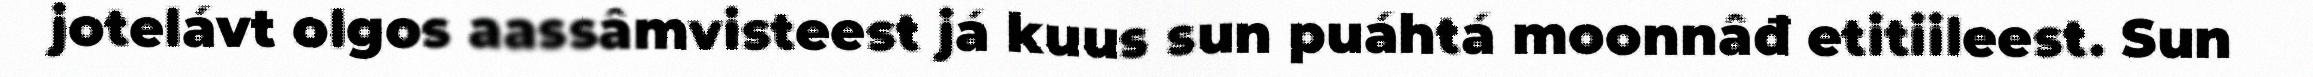
jotelávt olgos aassâmvisteest já kuus sun puáhtá moonnâđ etitiileest. Sun